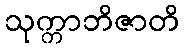
သုက္ကာဘိဇာတိ